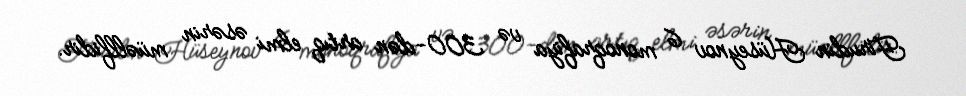
Firudin Hüseynov 6 monoqrafiya və 300-dən artıq elmi əsərin müəllfidir.